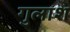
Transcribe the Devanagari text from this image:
गुलाश